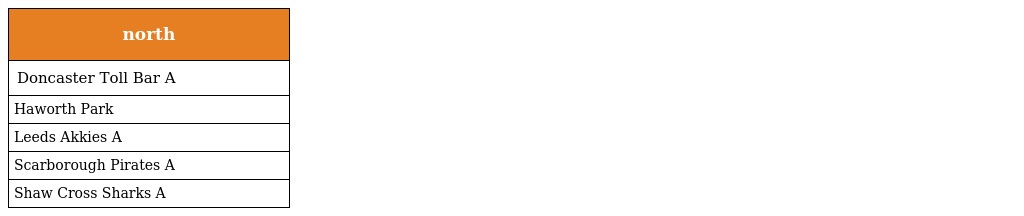
| north |
 | --- |
 | Doncaster Toll Bar A |
 | Haworth Park |
 | Leeds Akkies A |
 | Scarborough Pirates A |
 | Shaw Cross Sharks A |